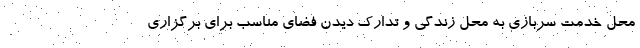
محل خدمت سربازی به محل زندگی و تدارک دیدن فضای مناسب برای برگزاری